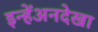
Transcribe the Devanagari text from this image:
इन्हेंअनदेखा